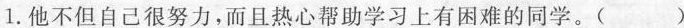
1.他不但自己很努力，而且热心帮助学习上有困难的同学。()